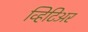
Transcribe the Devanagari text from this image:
व्हिटिअर